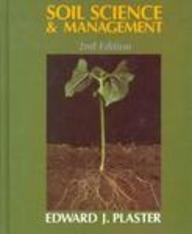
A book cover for Soil Science and Management; Edward Plaster; Crafts, Hobbies & Home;